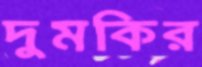
দুমকির